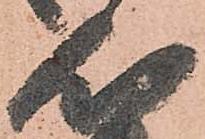
心